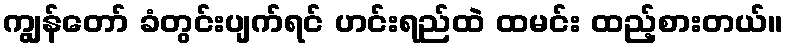
ကျွန်တော် ခံတွင်းပျက်ရင် ဟင်းရည်ထဲ ထမင်း ထည့်စားတယ်။